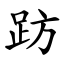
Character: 趽